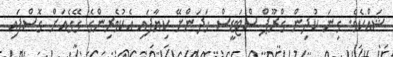
ޝައްކެވެ. ގިނަ ކުދިން ގްރޫޕް ސްޓަޑީސް ހަދަންށޭ ކިޔާފައި އެކުވެެރިންގެ ގޭގެއަށް ގޮސްފައި